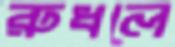
রুধলে